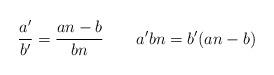
LaTeX: \begin{align*}\frac{a'}{b'} = \frac{an-b}{bn} \qquad a'bn = b' (an-b)\end{align*}